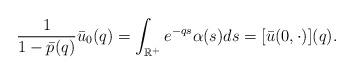
LaTeX: \begin{align*}\frac{1}{1-\bar p(q)}\bar u_0(q) = \int_{\mathbb{R^+}}e^{-qs}\alpha(s)ds = [\bar u(0,\cdot)](q). \end{align*}